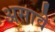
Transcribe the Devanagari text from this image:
असावेे